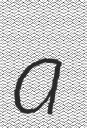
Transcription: a